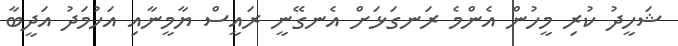
ޝަހީދު ކުރި މީހުން އެންމެ ރަނގަޅަށް އެނގޭނީ ރައީސް ޔާމީނާއި އަހުމަދު އަދީބާ